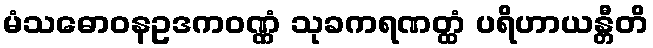
မံသဓောဝနဥဒကဝဏ္ဏံ သုခကရဏတ္ထံ ပရိဟာယန္တီတိ